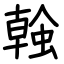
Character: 螒